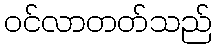
ဝင်လာတတ်သည်